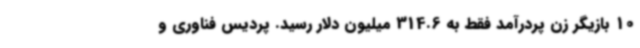
10 بازیگر زن پردرآمد فقط به 314.6 میلیون دلار رسید. پردیس فناوری و